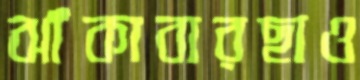
ঝাঁকাবারছাও